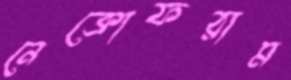
নেক্রোফরাম